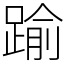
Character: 踰